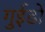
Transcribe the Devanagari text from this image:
गुईडो